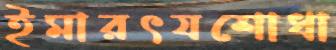
ইমারৎযশোধা